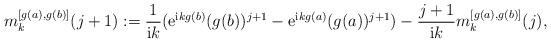
LaTeX: \begin{align*} m^{[g(a), g(b)]}_{k}(j+1):=\dfrac{1}{{\rm i}k}({\rm e}^{{\rm i}kg(b)}(g(b))^{j+1} -{\rm e}^{{\rm i}kg(a)}(g(a))^{j+1})-\frac{j+1}{{\rm i}k}m^{[g(a), g(b)]}_{k}(j), \end{align*}